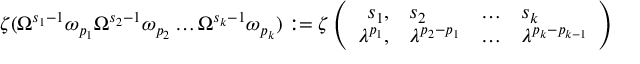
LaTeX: \zeta ( \Omega ^ { s _ { 1 } - 1 } \omega _ { p _ { 1 } } \Omega ^ { s _ { 2 } - 1 } \omega _ { p _ { 2 } } \ldots \Omega ^ { s _ { k } - 1 } \omega _ { p _ { k } } ) : = \zeta \left( \begin{array} { r l c l } { { s _ { 1 } , } } & { { s _ { 2 } } } & { { \ldots } } & { { s _ { k } } } \\ { { \lambda ^ { p _ { 1 } } , } } & { { \lambda ^ { p _ { 2 } - p _ { 1 } } } } & { { \ldots } } & { { \lambda ^ { p _ { k } - p _ { k - 1 } } } } \end{array} \right)